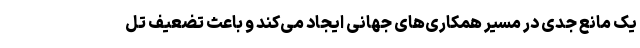
یک مانع جدی در مسیر همکاری‌های جهانی ایجاد می‌کند و باعث تضعیف تل